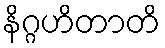
နိဂ္ဂဟိတာတိ